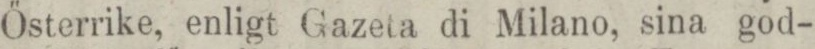
Österrike, enligt Gazeta di Milano, sina god-